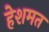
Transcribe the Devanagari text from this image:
हेशमत